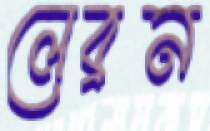
লেব্রন